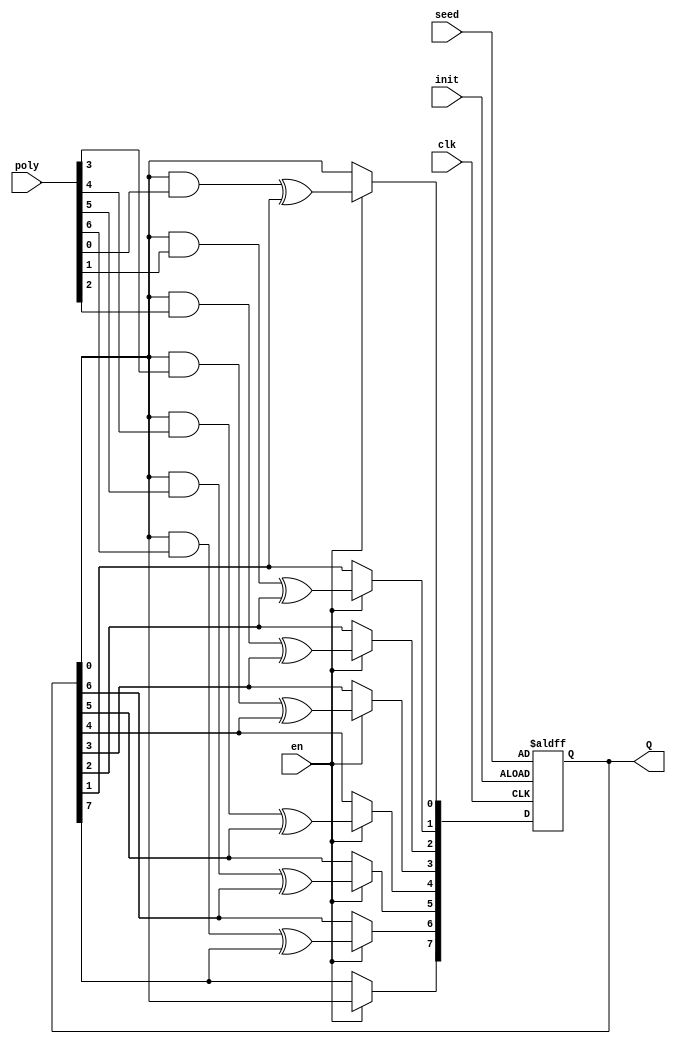
 `timescale 1 ns / 1ns

module SRSG #(parameter n = 8) (input clk, init, en, input [n-1:0] seed, input [n-1:0] poly, output reg [n-1:0] Q);
	integer i;
	always @(posedge clk, posedge init) begin
		if (init == 1'b1) Q <= seed;
		else if (en == 1'b1) begin
			Q[n-1] <= Q[0];
			for (i=0; i<n-1 ; i=i+1 ) begin
				Q[i] <= (Q[0] & poly[i] ) ^ Q[i+1];
			end //for
		end
	end
endmodule